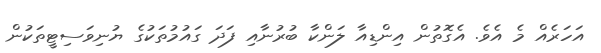
އަހަރެއް މެ އެވެ. އެގޮތުން އިންޑިއާ ލަންކާ ބުރުނާއި ފަދަ ގައުމުތަކުގެ ޔުނިވަސިޓީތަކުން